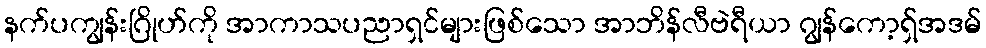
နက်ပကျွန်းဂြိုဟ်ကို အာကာသပညာရှင်များဖြစ်သော အာဘိန်လီဗဲရီယာ ဂျွန်ကော့ရှ်အဒမ်